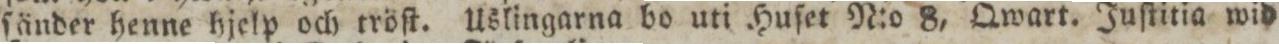
ſänder henne hjelp och tröſt. Uslingarna bo uti Huſet N:o 8, Qwart. Juſtitia wid